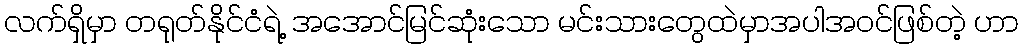
လက်ရှိမှာ တရုတ်နိုင်ငံရဲ့ အအောင်မြင်ဆုံးသော မင်းသားတွေထဲမှာအပါအဝင်ဖြစ်တဲ့ ဟာ